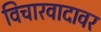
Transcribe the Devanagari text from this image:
विचारवादावर